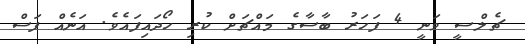
ޗެލްސީ ވަނީ 4 ފަހަރު ބާސާގެ މައްޗަށް ކުރި ހޯދައިފައެވެ. އަނެއް ފަސް